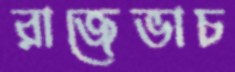
রাজেভাচ